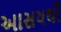
આસયથી